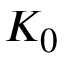
K _ { 0 }